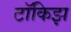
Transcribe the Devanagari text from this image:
टॉकिझ